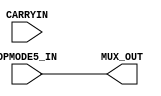
module Carryin_mux #(parameter WIDTH = 1, CARRYINSEL = "OPMODE5")
(
	input wire [WIDTH-1:0] OPMODE5_IN,
	input wire [WIDTH-1:0] CARRYIN,
	output wire [WIDTH-1:0] MUX_OUT 
);

	generate
		if (CARRYINSEL == "OPMODE5")
			assign MUX_OUT = OPMODE5_IN;
		else if (CARRYINSEL == "CARRYIN")
			assign MUX_OUT = CARRYIN;
		else 
			assign MUX_OUT = 'b0;
	endgenerate


endmodule